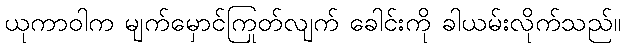
ယုကာဝါက မျက်မှောင်ကြုတ်လျက် ခေါင်းကို ခါယမ်းလိုက်သည်။